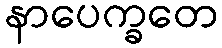
နာပေက္ခတေ